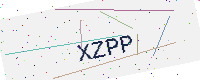
Text: XZPP